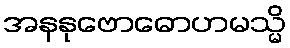
အနနုဗောဓောဟမသ္မိ